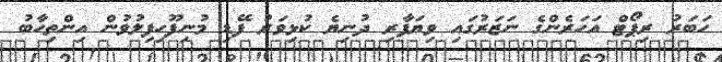
ހަބަރު ރިޕޯޓް އަހަރެންގެ ނަޒަރުގައި ވިޔަފާރި ދުނިޔެ ކުޅިވަރު ފޭޑި މުނިފޫހިފިލުވުން އިންތިހާބު